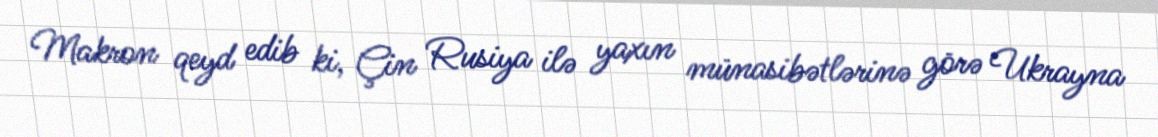
Makron qeyd edib ki, Çin Rusiya ilə yaxın münasibətlərinə görə Ukrayna